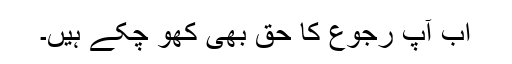
اب آپ رجوع کا حق بھی کھو چکے ہیں۔